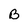
Character: B